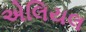
એલિયલ